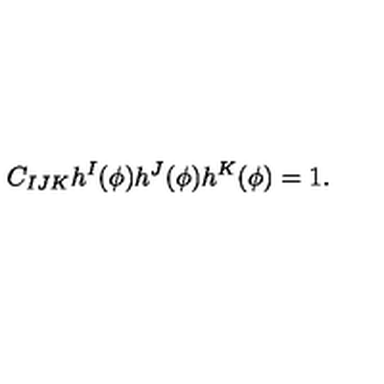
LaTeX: C _ { I J K } h ^ { I } ( \phi ) h ^ { J } ( \phi ) h ^ { K } ( \phi ) = 1 .